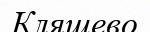
Кляшево